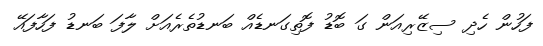
ފަހުން ހެދި ސިޒޭރިއަން ގަ ބޮޑު ފޮތިގަނޑެއް ބަނޑުތެރެއަށް ލާފަ ބަނޑު ފަހާފައޭ